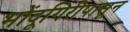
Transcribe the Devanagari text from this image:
भोंदूगिरीपासून